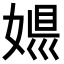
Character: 𡟠